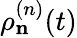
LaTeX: \rho_{\mathbf n}^{(n)}(t)